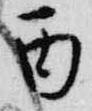
丙